Report on sanitation, dispensaries, and jails in Rajputana for 1913, and on vaccination for the year 1913-1914 - 1913-1914
Year: 1913
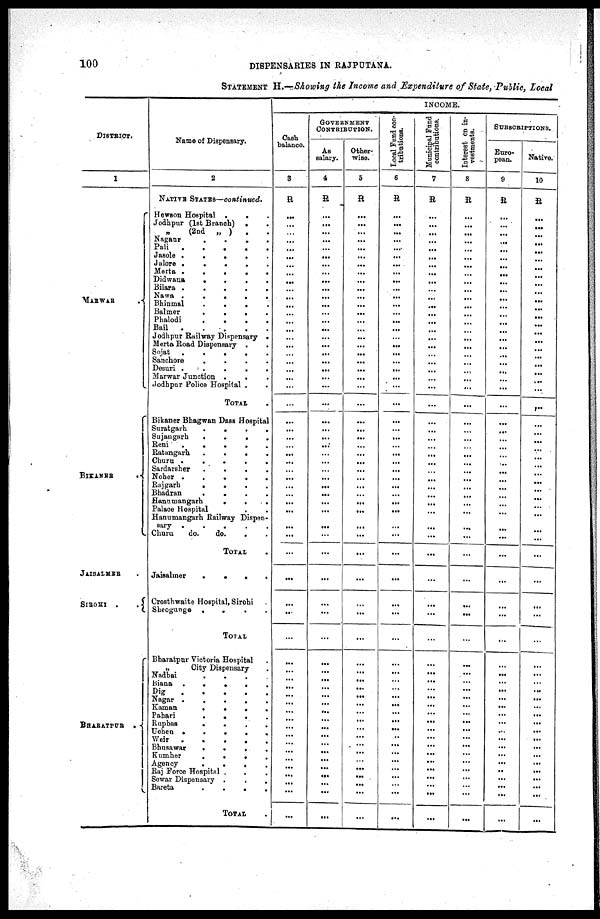
100
DISPENSARIES IN RAJPUTANA.
STATEMENT H.—Showing the Income and Expenditure of State, Public, Local
DISTRICT.
1
MARWAR
BIKANER
.
JAISALMER .
SIROHI .
.
BHARATPUR
.
Name of Dispensary.
2
NATIVE STATES—continued.
Hewson Hospital .
. .
Jodhpur (1st Branch) . .
„ (2nd
„ )
. .
Nagaur
.
.
.
.
Pali
.
.
.
.
.
Jasole .
.
.
.
Jalore .
.
.
. .
Merta .
.
.
.
.
Didwana
.
.
.
.
Bilara .
.
.
.
.
Nawa
.
.
.
.
.
Bhinmal
.
.
.
.
Balmer
.
.
. .
Phalodi
. . . .
Bail
.
.
.
.
.
Jodhpur Railway Dispensary .
Merta Road Dispensary . .
Sojat
.
.
.
. .
Sanchore
.
.
.
.
Desuri .
.
.
.
.
Marwar Junction .
. .
Jodhpur Police Hospital .
TOTAL .
Bikaner Bhagwan Dass Hospital
Suratgarh
.
.
.
.
Sujangarh
.
.
.
.
Reni
.
.
.
.
.
Ratangarh
.
.
.
.
Churn .
.
.
.
.
Sardarsher
.
.
.
.
Noher .
.
.
.
.
Rajgarh
.
.
.
.
Bhadran
.
.
.
.
Hanumangarh
.
.
.
Palace Hospital . . .
Hanumangarh Railway Dispen-
sary
.
.
.
.
.
Churu
do.
do. . .
TOTAL .
Jaisalmer
.
.
.
.
Crosthwaite Hospital, Sirohi
Sheogunge .
.
.
.
TOTAL
Bharatpur Victoria Hospital .
„
City Dispensary .
Nadbai . . . . .
Biana .
.
.
.
.
Dig
.
.
.
.
.
Nagar
.
.
.
.
.
Kaman
.
.
.
.
Pahari
.
.
.
.
Rupbas
.
.
.
.
Uchen .
.
.
.
.
Weir
.
.
.
.
.
Bhusawar
.
.
.
.
Kumher
.
.
.
Agency
.
.
.
.
Raj Force Hospital .
.
.
Sowar Dispensary .
.
.
Bareta
.
.
.
.
TOTAL .
INCOME.
Cash
balance.
3
R
...
...
...
...
...
...
...
...
...
...
...
...
...
...
...
...
...
...
...
...
...
...
...
...
...
...
...
...
...
...
...
...
...
...
...
...
...
...
...
...
...
...
...
...
...
...
...
...
...
...
...
...
...
...
...
...
...
...
...
...
GOVERNMENT
CONTRIBUTION.
As
salary.
4
R
...
...
...
...
...
...
...
...
...
...
...
...
...
...
...
...
...
...
...
...
...
...
...
...
...
...
...
...
...
...
...
...
...
...
...
...
...
...
...
...
...
...
...
...
...
...
...
...
...
...
...
...
...
...
...
...
...
...
...
...
Other-
wise.
5
R
...
...
...
...
...
...
...
...
...
...
...
...
...
...
...
...
...
...
...
...
...
...
...
...
...
...
...
...
...
...
...
...
...
...
...
...
...
...
...
...
...
...
...
...
...
...
...
...
...
...
...
...
...
...
...
...
...
...
...
...
Local Fond con-
tributions.
6
R
...
...
...
...
...
...
...
...
...
...
...
...
...
...
...
...
...
...
...
...
...
...
...
...
...
...
...
...
...
...
...
...
...
...
...
...
...
...
...
...
...
...
...
...
...
...
...
...
...
...
...
...
...
...
...
...
...
...
...
...
Municipal Fund
contributions.
7
R
...
...
...
...
...
...
...
...
...
...
...
...
...
...
...
...
...
...
...
...
...
...
...
...
...
...
...
...
...
...
...
...
...
...
...
...
...
...
...
...
...
...
...
...
...
...
...
...
...
...
...
...
...
...
...
...
...
...
...
...
Interest on in¬
vestments.
8
R
...
...
...
...
...
...
...
...
...
...
...
...
...
...
...
...
...
...
...
...
...
...
...
...
...
...
...
...
...
...
...
...
...
...
...
...
...
...
...
...
...
...
...
...
...
...
...
...
...
...
...
...
...
...
...
...
...
...
...
...
SIBSERIPTIONS.
Euro-
pean.
9
R
...
...
...
...
...
...
...
...
...
...
...
...
...
...
...
...
...
...
...
...
...
...
...
...
...
...
...
...
...
...
...
...
...
...
...
...
...
...
...
...
...
...
...
...
...
...
...
...
...
...
...
...
...
...
...
...
...
...
...
...
Native.
10
R
...
...
...
...
...
...
...
...
...
...
...
...
...
...
...
...
...
...
...
...
...
...
...
...
...
...
...
...
...
...
...
...
...
...
...
...
...
...
...
...
...
...
...
...
...
...
...
...
...
...
...
...
...
...
...
...
...
...
...
...